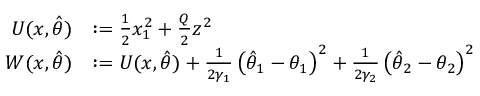
\begin{array} { r l } { U ( x , \hat { \theta } ) } & { : = \frac { 1 } { 2 } x _ { 1 } ^ { 2 } + \frac { Q } { 2 } z ^ { 2 } } \\ { W ( x , \hat { \theta } ) } & { : = U ( x , \hat { \theta } ) + \frac { 1 } { 2 \gamma _ { 1 } } \left( \hat { \theta } _ { 1 } - \theta _ { 1 } \right) ^ { 2 } + \frac { 1 } { 2 \gamma _ { 2 } } \left( \hat { \theta } _ { 2 } - \theta _ { 2 } \right) ^ { 2 } } \end{array}